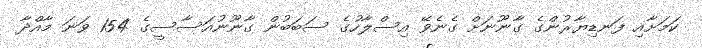
ކަމަށާއި ފަނޑިޔާރުންގެ ގާނޫނަށް ގެނެވޭ އިސްލާހުގެ ސަބަބުން ގާނޫނުއަސާސީގެ 154 ވަނަ މާއްދާ